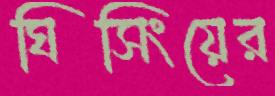
ঘিসিংয়ের